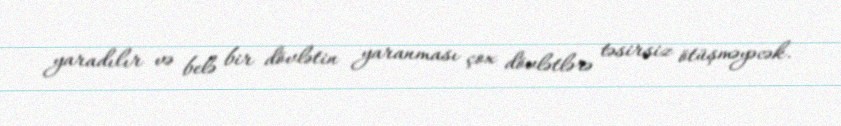
yaradılır və belə bir dövlətin yaranması çox dövlətlərə təsirsiz ötüşməyəcək.